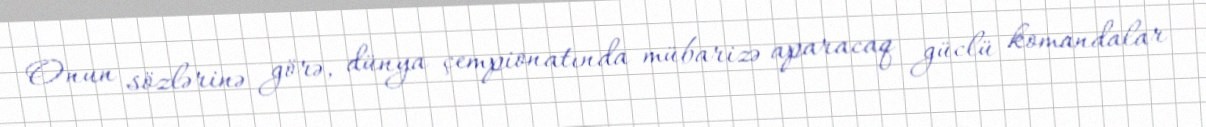
Onun sözlərinə görə, dünya çempionatında mübarizə aparacaq güclü komandalar